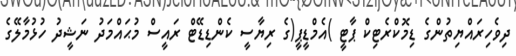
ދިވެހިރައްޔިތުންގެ ޑިމޮކްރެޓިކް ޕާޓީ )އެމްޑީޕީ(ގެ ރިޔާސީ ކެންޑިޑޭޓް ރައީސް މުޙައްމަދު ނަޝީދު ހުޅުމާލޭގެ